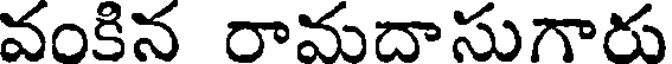
వంకిన రామదాసుగారు